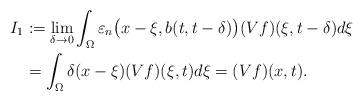
LaTeX: \begin{align*}I_{1}&:=\lim_{\delta\to 0}\int_{\Omega} \varepsilon_{n} \big(x-\xi,b(t,t-\delta)\big)(Vf)(\xi,t-\delta)d\xi\\&=\int_{\Omega}\delta(x-\xi)(Vf)(\xi,t)d\xi=(Vf)(x,t).\end{align*}